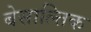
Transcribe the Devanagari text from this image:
बेसाल्तिक